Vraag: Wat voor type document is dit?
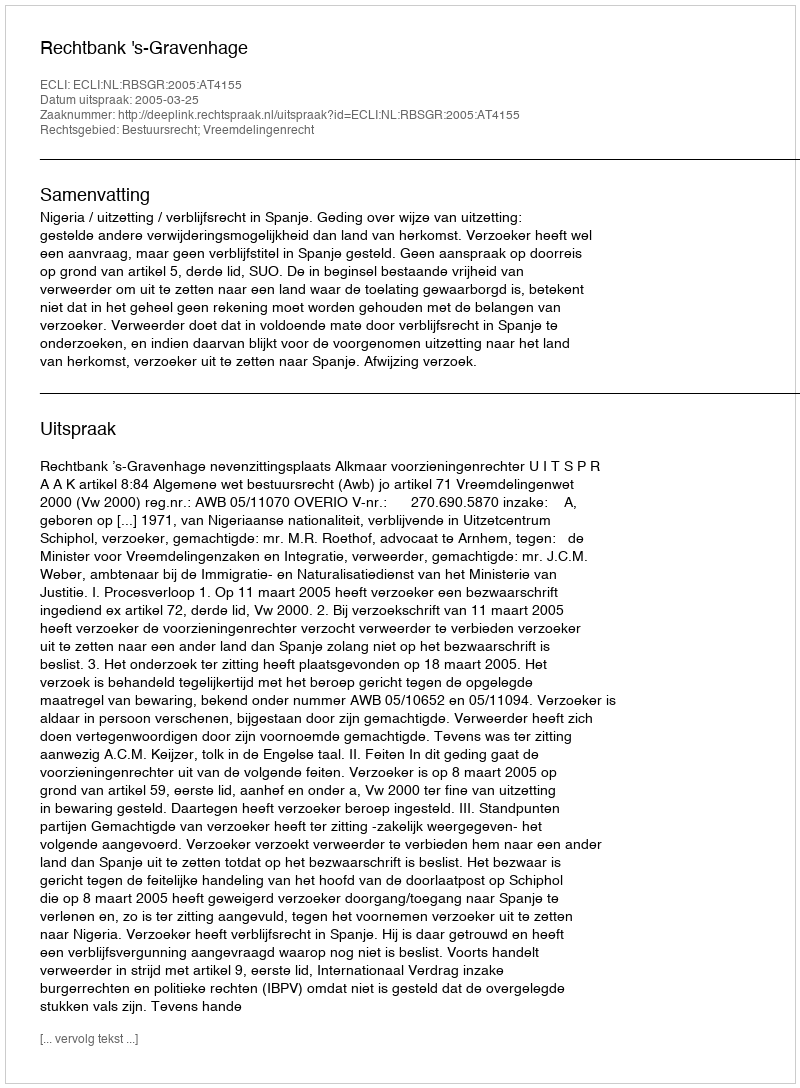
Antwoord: Uitspraak